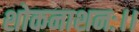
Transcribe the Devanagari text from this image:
शोकनाशनः।।